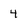
Character: 4